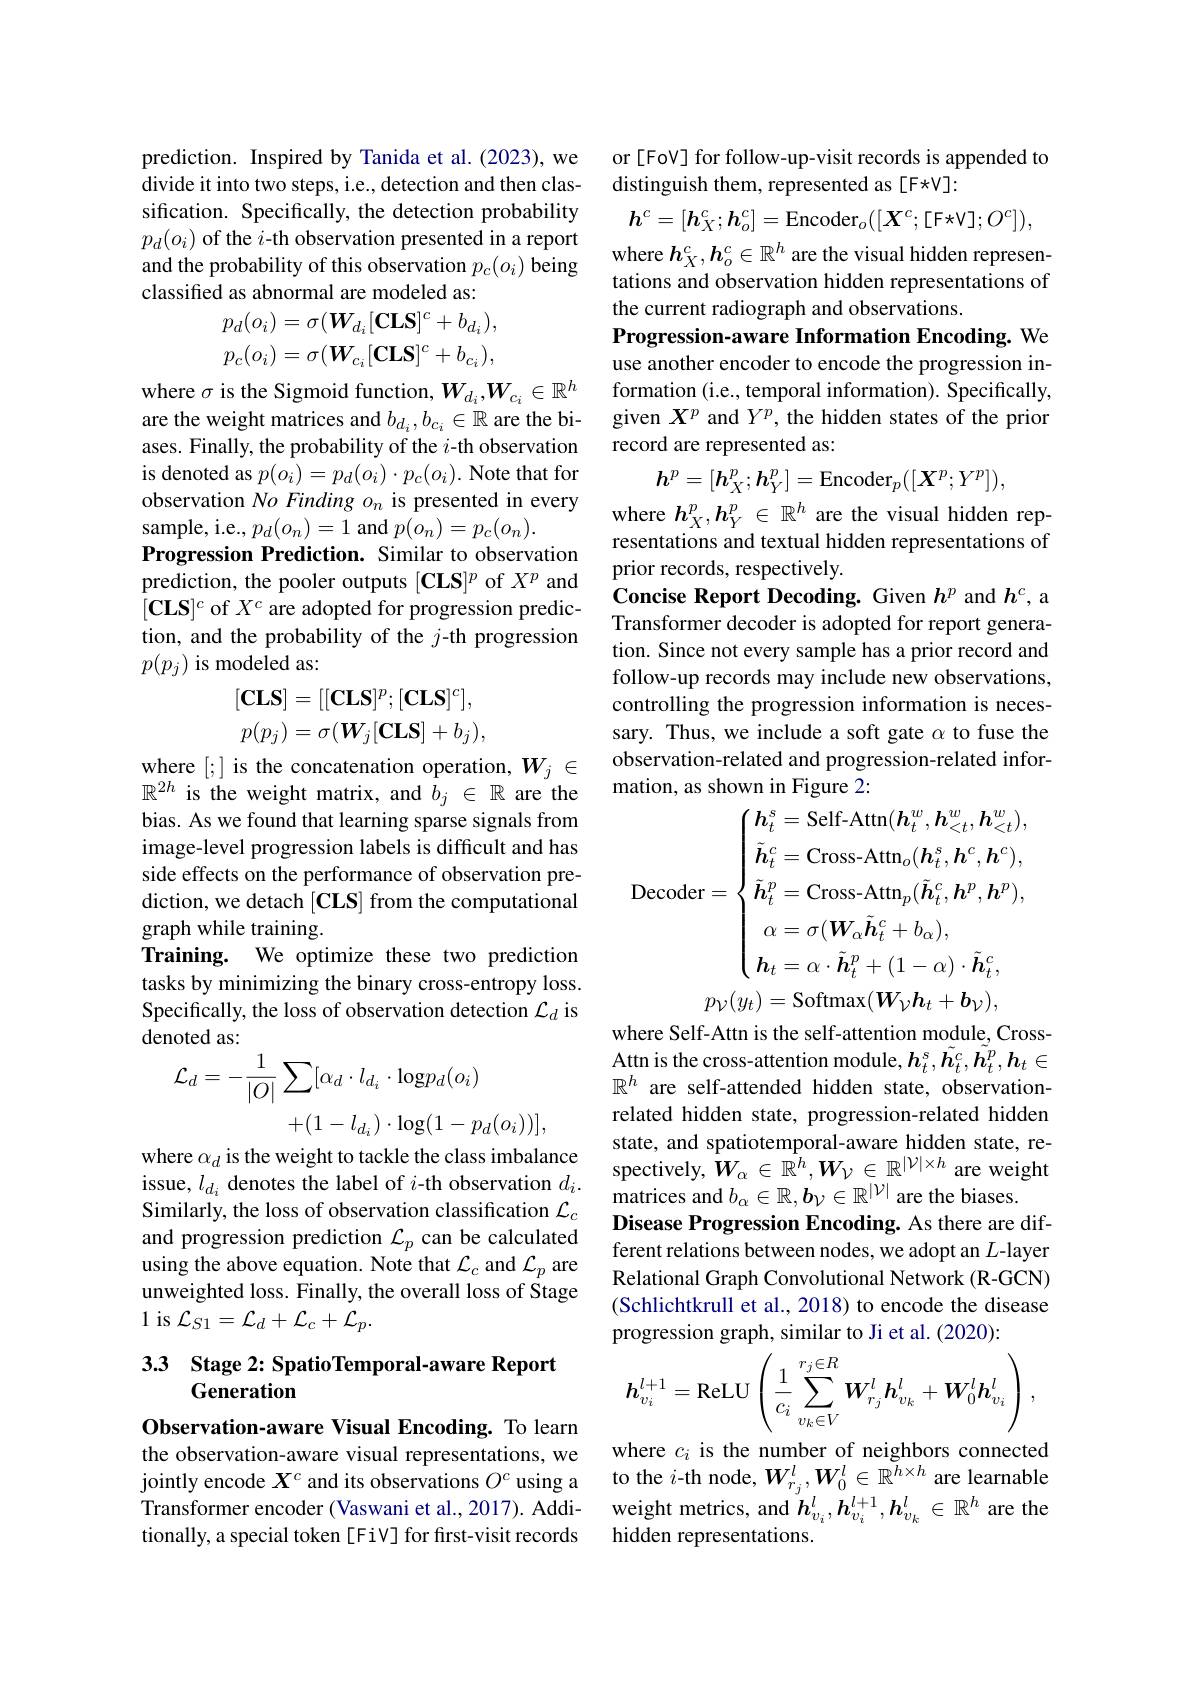
prediction. Inspired by Tanida et al.(2023), we divide it into two steps, i.e., detection and then classification. Specifically, the detection probability $p_{d}(o_{i})$ of the $i$-th observation presented in a report and the probability of this observation $p_c(o_i)$ being classified as abnormal are modeled as:
$$p_{d}(o_{i})=\sigma(W_{d_{i}}[\mathbf{CLS}]^{c}+b_{d_{i}}),\\p_{c}(o_{i})=\sigma(W_{c_{i}}[\mathbf{CLS}]^{c}+b_{c_{i}}),$$
where $\sigma$ is the Sigmoid function, $W_d_i,W_{c_i}\in\mathbb{R}^h$ are the weight matrices and $b_{d_i},b_{c_i}\in\mathbb{R}$ are the biases. Finally, the probability of the $i$-th observation is denoted as $p(o_i)=p_d(o_i)\cdot p_c(o_i).$ Note that for observation No Finding $o_n$ is presented in every sample, i.e., $p_d(o_{n})=1$ and $p(o_{n})=p_{c}(o_{n}).$
Progression Prediction. Similar to observation prediction, the pooler outputs $[\mathbf{CLS}]^p$ of $X^p$ and $[\mathbf{CLS}]^c$ of $X^c$ are adopted for progression prediction, and the probability of the $j$-th progression $p(p_j)$ is modeled as:
$$[\mathbf{CLS}]=[[\mathbf{CLS}]^{p};[\mathbf{CLS}]^{c}],\\p(p_{j})=\sigma(W_{j}[\mathbf{CLS}]+b_{j}),$$
where [;] is the concatenation operation, $W_j\in$

$\mathbb{R}^{2h}$ is the weight matrix, and $\hat{b}_j\in\mathbb{R}$ are the bias. As we found that learning sparse signals from image-level progression labels is difficult and has side effects on the performance of observation prediction, we detach $[\mathbf{CLS}]$ from the computational graph while training.
Training. We optimize these two prediction tasks by minimizing the binary cross-entropy loss. Specifically, the loss of observation detection $\mathcal{L}_d$ is denoted as:
$$\begin{aligned}\mathcal{L}_{d}&=-\frac{1}{|O|}\sum[\alpha_{d}\cdot l_{d_{i}}\cdot\mathrm{log}p_{d}(o_{i})\\&+(1-l_{d_{i}})\cdot\log(1-p_{d}(o_{i}))],\\\end{aligned}$$
where $\alpha_d$ is the weight to tackle the class imbalance issue, $l_{d_{i}}$ denotes the label of $i$-th observation $d_i.$ Similarly, the loss of observation classification $\mathcal{L}_c$ and progression prediction $\mathcal{L}_p$ can be calculated using the above equation. Note that $\mathcal{L}_c$ and $\mathcal{L}_p$ are unweighted loss. Finally, the overall loss of Stage 1 is $\mathcal{L}_S1=\mathcal{L}_d+\mathcal{L}_c+\dot{\mathcal{L}}_p.$

## 3.3 Stage 2: SpatioTemporal-aware Report Generation

Observation-aware Visual Encoding. To learn the observation-aware visual representations, we jointly encode $X^c$ and its observations $O^c$ using a tionally, a special token [FiV] for first-visit records

or [FoV] for follow-up-visit records is appended to
distinguish them, represented as [F*V]:
$$\boldsymbol{h}^c=[\boldsymbol{h}_X^c;\boldsymbol{h}_o^c]=\mathrm{Encoder}_o([\boldsymbol{X}^c;[\mathrm{F\star V}];O^c]),$$
where $h_X^c,h_o^c\in\mathbb{R}^h$ are the visual hidden representations and observation hidden representations of the current radiograph and observations.
Progression-aware Information Encoding. We use another encoder to encode the progression information (i.e., temporal information). Specifically, given $X^p$ and $Y^p$, the hidden states of the prior record are represented as:
$$h^p=[h_X^p;h_Y^p]=\mathrm{Encoder}_p([\boldsymbol{X}^p;Y^p]),$$
where $h_X^p,h_Y^p\in\mathbb{R}^h$ are the visual hidden representations and textual hidden representations of prior records, respectively.
Concise Report Decoding. Given $h^p$ and $h^c$, a Transformer decoder is adopted for report generation. Since not every sample has a prior record and follow-up records may include new observations, controlling the progression information is necessary. Thus, we include a soft gate $\alpha$ to fuse the observation-related and progression-related information, as shown in Figure 2:

$\left(\boldsymbol{h}_{t}^{s}=\mathrm{Self-Attn}(\boldsymbol{h}_{t}^{w},\boldsymbol{h}_{<t}^{w},\boldsymbol{h}_{<t}^{w}),\right.$ $\tilde{h}_{t}^{c}=\operatorname{Cross-Attn}_{o}(\boldsymbol{h}_{t}^{s},\boldsymbol{h}^{c},\boldsymbol{h}^{c})$,
Decoder$= \left \{ \tilde{\boldsymbol{h}} _{t}^{p}= \mathrm{Cross- Attn}_{p}( \tilde{\boldsymbol{h}} _{t}^{c}, \boldsymbol{h}^{p}, \boldsymbol{h}^{p}) , \right .$
$\alpha=\sigma(\boldsymbol{W}_{\alpha}\tilde{\boldsymbol{h}}_{t}^{c}+b_{\alpha})$,
$$h_{t}=\alpha\cdot\tilde{\boldsymbol{h}}_{t}^{p}+(1-\alpha)\cdot\tilde{\boldsymbol{h}}_{t}^{c},$$
$$p_{\mathcal{V}}(y_t)=\mathrm{Softmax}(W_{\mathcal{V}}h_t+b_{\mathcal{V}}),$$
where Self-Attn is the self-attention module, CrossAttn is the cross-attention module, $\boldsymbol{h}_t^{s},\tilde{\boldsymbol{h}}_t^{c},\tilde{\boldsymbol{h}}_t^{p},\boldsymbol{h}_t\in$ $\mathbb{R}^h$ are self-attended hidden state, observationrelated hidden state, progression-related hidden state, and spatiotemporal-aware hidden state, respectively, $\hat{W}_\alpha\in\mathbb{R}^h,\boldsymbol{W}_{\mathcal{V}}\in\mathbb{R}^{|\mathcal{V}|\times h}$ are weight ${\mathrm{matrices~and}}b_\alpha \in \mathbb{R} , \boldsymbol{b}_\mathcal{V} \in \mathbb{R} ^{| \mathcal{V} | }$ are the biases.
Disease Progression Encoding. As there are different relations between nodes, we adopt an $L$-layer Relational Graph Convolutional Network (R-GCN) (Schlichtkrull et al., 2018) to encode the disease progression graph, similar to Ji et al. (2020):
$$h_{v_{i}}^{l+1}=\mathrm{ReLU}\left(\frac{1}{c_{i}}\sum_{v_{k}\in V}^{r_{j}\in R}\boldsymbol{W}_{r_{j}}^{l}\boldsymbol{h}_{v_{k}}^{l}+\boldsymbol{W}_{0}^{l}\boldsymbol{h}_{v_{i}}^{l}\right),$$
where $c_i$ is the number of neighbors connected to the $i$-th node, $W_{r_j}^l,W_0^l\in\mathbb{R}^{h\times h}$ are learnable
Transformer encoder (Vaswani et al., 2017). Addi- weight metrics, and $h_v_i^l,h_{v_i}^{l+1},h_{v_k}^l\in\mathbb{R}^h$ are the
hidden representations.